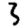
Digit: 3